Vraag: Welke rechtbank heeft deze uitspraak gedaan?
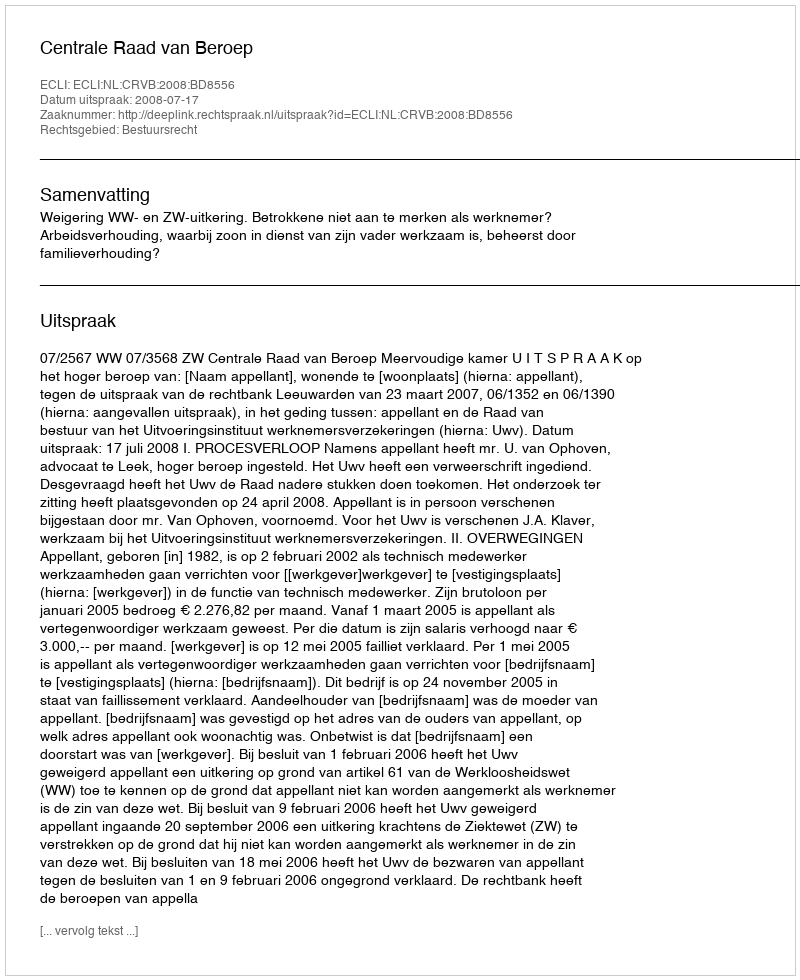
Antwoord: Centrale Raad van Beroep